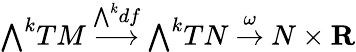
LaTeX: {\textstyle\bigwedge}^{k}TM\ {\stackrel{{\bigwedge}^{k}df}{\longrightarrow}}\ {\textstyle\bigwedge}^{k}TN\ {\stackrel{\omega}{\to}}\ N\times\mathbf{R}